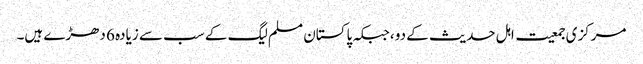
مرکزی جمعیت اہل حدیث کے دو ،جبکہ پاکستان مسلم لیگ کے سب سے زیادہ 6 دھڑے ہیں۔